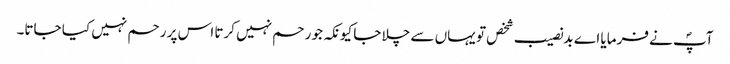
آپؐ نے فرمایا اے بدنصیب شخص تو یہاں سے چلا جا کیونکہ جو رحم نہیں کرتا اس پر رحم نہیں کیا جاتا۔